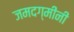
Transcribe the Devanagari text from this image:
जमदग्मींनी